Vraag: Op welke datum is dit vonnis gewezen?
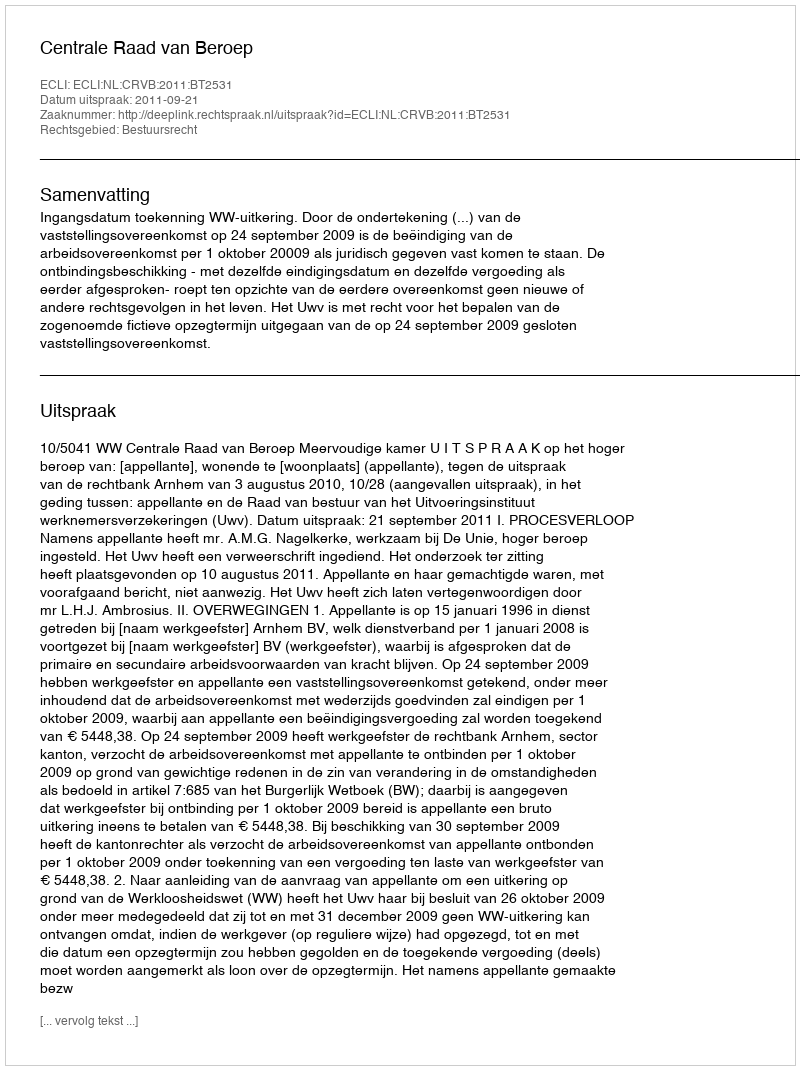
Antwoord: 2011-09-21